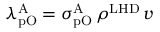
\lambda _ { \mathrm { p O } } ^ { \mathrm { A } } = \sigma _ { \mathrm { p O } } ^ { \mathrm { A } } \, \rho ^ { \mathrm { L H D } } \, v